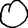
Digit: 0